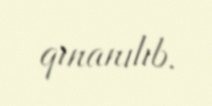
qınanılıb.